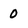
Character: 0